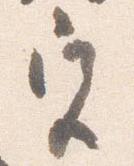
宮